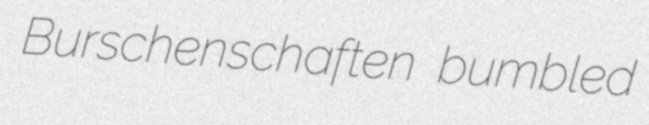
Burschenschaften bumbled